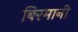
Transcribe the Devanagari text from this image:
बिरमानी